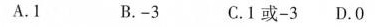
A.1 B. - 3 C.1或 - 3 D.0